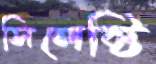
সিলেক্টি